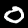
Label: 0